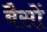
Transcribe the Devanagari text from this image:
बैसों